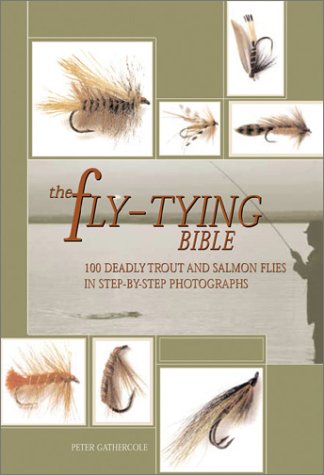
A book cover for The Fly-Tying Bible: 100 Deadly Trout and Salmon Flies in Step-by-Step Photographs; Peter Gathercole; Sports & Outdoors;